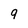
Character: 9